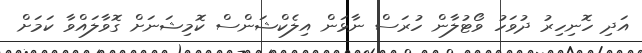
އަދި ހޮނިހިރު ދުވަހު ވޯޓުލާން ހުރަސް ނާޅަން އިލެކްޝަންސް ކޮމިޝަނަށް ގޮވާލައްވާ ކަމަށް